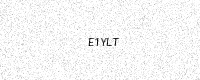
Text: E1YLT